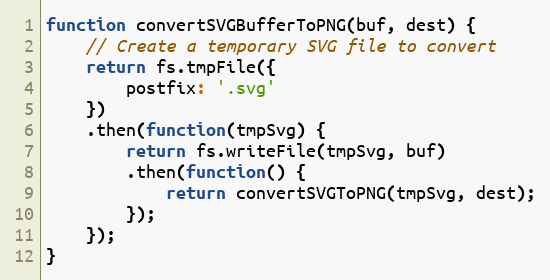
Language: JavaScript
function convertSVGBufferToPNG(buf, dest) {
    // Create a temporary SVG file to convert
    return fs.tmpFile({
        postfix: '.svg'
    })
    .then(function(tmpSvg) {
        return fs.writeFile(tmpSvg, buf)
        .then(function() {
            return convertSVGToPNG(tmpSvg, dest);
        });
    });
}